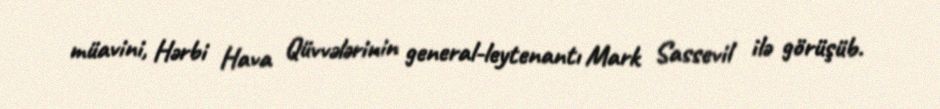
müavini, Hərbi Hava Qüvvələrinin general-leytenantı Mark Sassevil ilə görüşüb.